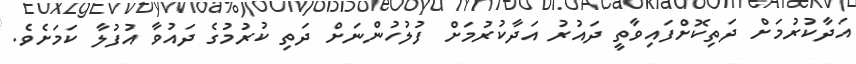
އަދާކުރުމަށް ދަތިކޮށްފައިވާތީ ދައުރު އަދާކުރުމަށް ފުލުހުންނަށް ދަތި ކުރުމުގެ ދައުވާ އުފުލާ ކަމަށެވެ.